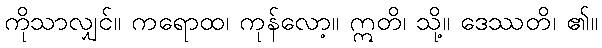
ကိုသာလျှင်။ ကရောထ၊ ကုန်လော့။ ဣတိ၊ သို့။ ဒေဿတိ၊ ၏။